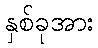
နှစ်ခုအား